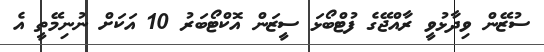
ސުޒޭން ވިދާޅުވީ ރާއްޖޭގެ ފުޓްބޯޅަ ސީޒަން އޮކްޓޯބަރު 10 އަކަށް ނުނިމޭތީ އެ